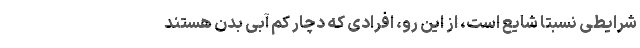
شرایطی نسبتا شایع است، از این رو، افرادی که دچار کم آبی بدن هستند